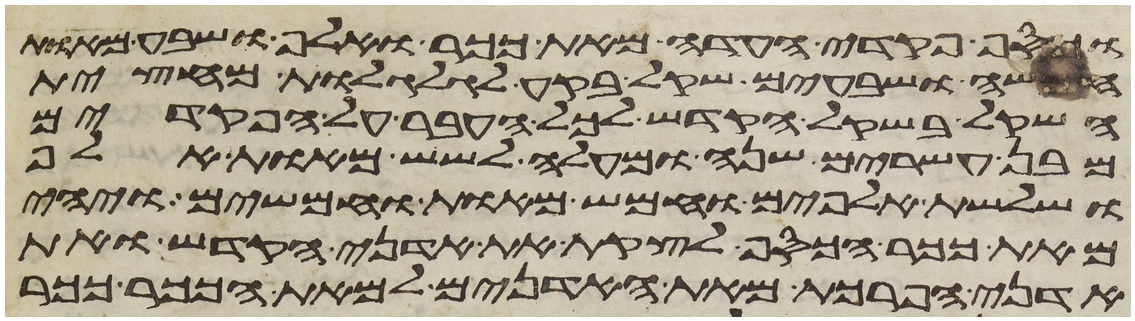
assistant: וכסף פקדי העדה מאת ככר ואלף ושבע מאות
חמשה ושבעים שקל בקע לגלגלת מחצית
השקל בשקל הקדש לכל העבר על הפקדים
מבן עשרים שנה ומעלה לשש מאות אלף
ושלשת אלפים וחמש מאות וחמשים ויהי
מאת ככר הכסף לקצת את אדני הקדש ואת
אדני הפרכת מאת האדנים למאת הככר ככר